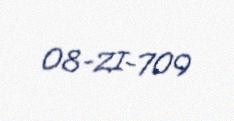
08-ZI-709